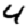
Digit: 4